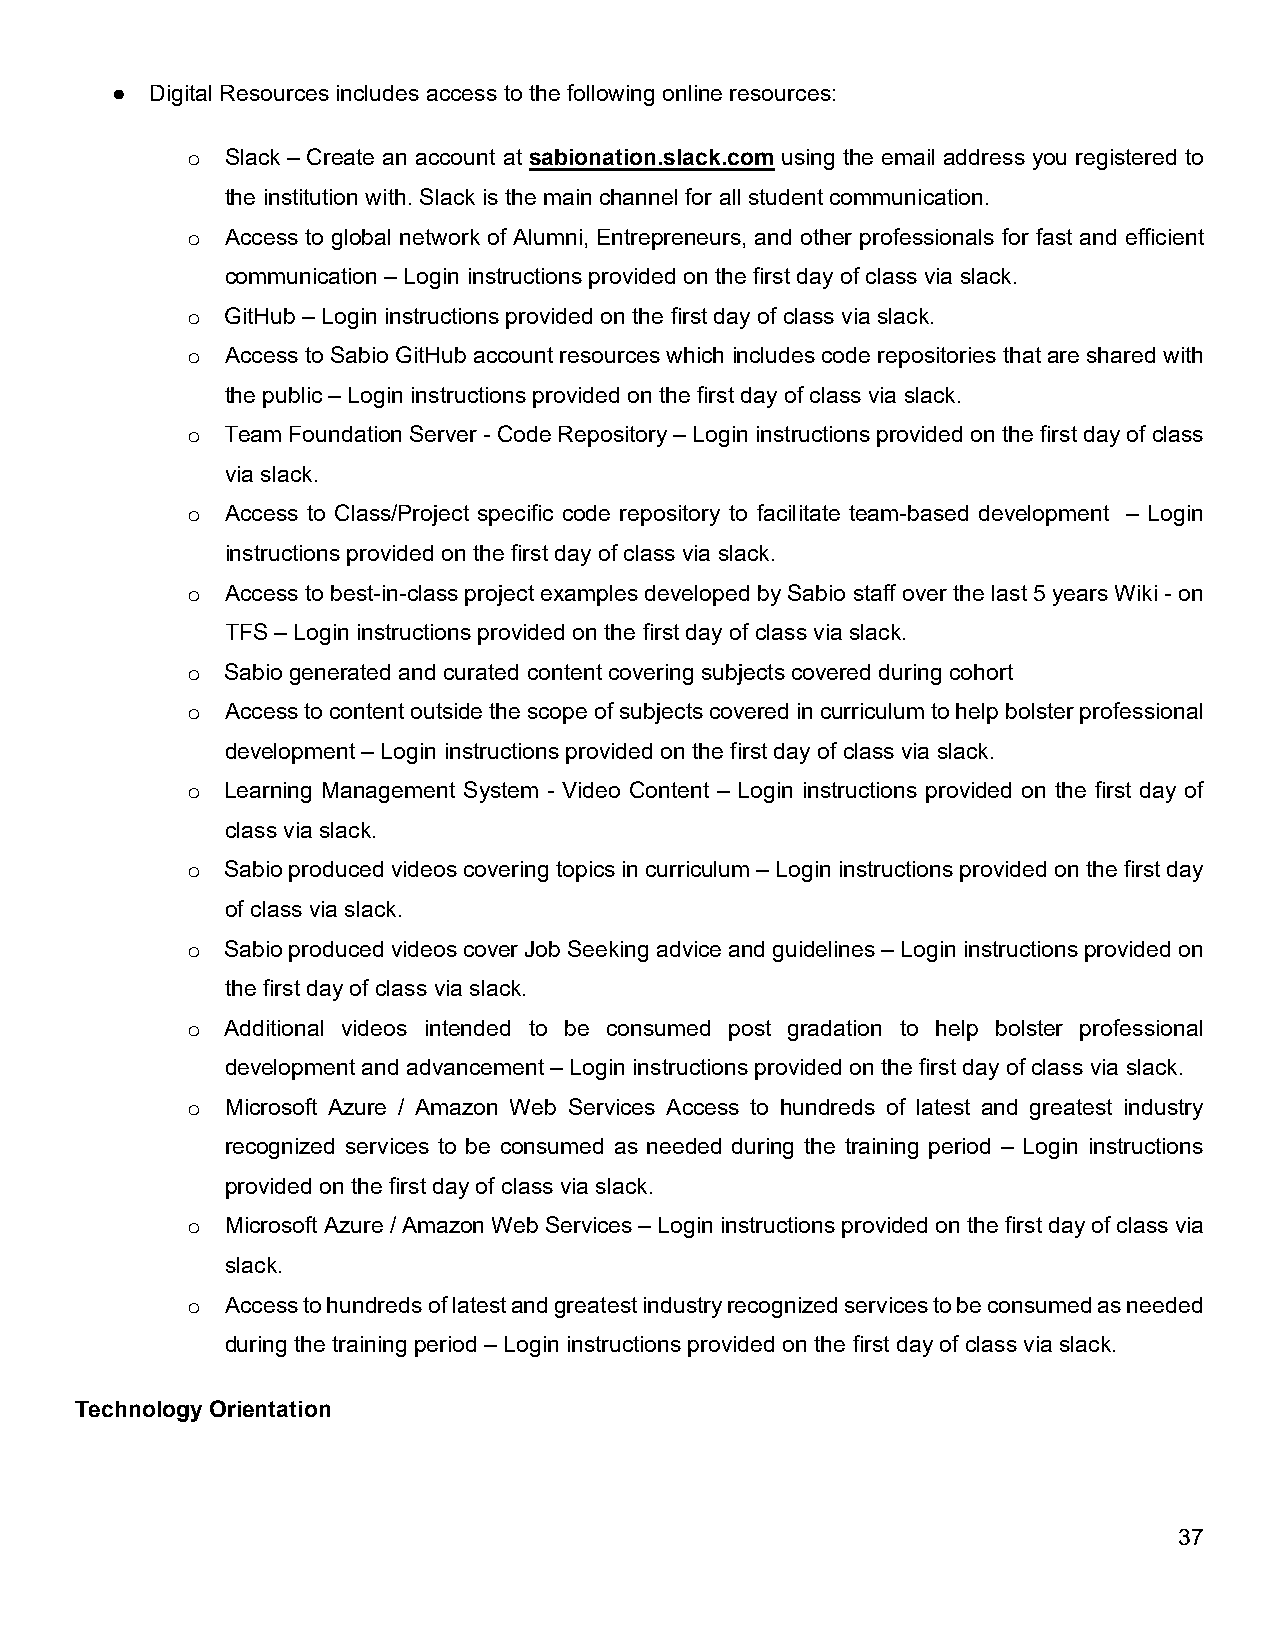
●  Digital Resources includes access to the following online resources:
 o  Slack – Create an account at sabionation.slack.com using the email address you registered to
 the institution with. Slack is the main channel for all student communication.
 o  Access to global network of Alumni, Entrepreneurs, and other professionals for fast and efficient
 communication – Login instructions provided on the first day of class via slack.
 o  GitHub – Login instructions provided on the first day of class via slack.
 o  Access to Sabio GitHub account resources which includes code repositories that are shared with
 the public – Login instructions provided on the first day of class via slack.
 o  Team Foundation Server - Code Repository – Login instructions provided on the first day of class
 via slack.
 o  Access to Class/Project specific code repository to facilitate team-based development – Login
 instructions provided on the first day of class via slack.
 o  Access to best-in-class project examples developed by Sabio staff over the last 5 years Wiki - on
 TFS – Login instructions provided on the first day of class via slack.
 o  Sabio generated and curated content covering subjects covered during cohort
 o  Access to content outside the scope of subjects covered in curriculum to help bolster professional
 development – Login instructions provided on the first day of class via slack.
 o  Learning Management System - Video Content – Login instructions provided on the first day of
 class via slack.
 o  Sabio produced videos covering topics in curriculum – Login instructions provided on the first day
 of class via slack.
 o  Sabio produced videos cover Job Seeking advice and guidelines – Login instructions provided on
 the first day of class via slack.
 o  Additional videos intended to be consumed post gradation to help bolster professional
 development and advancement – Login instructions provided on the first day of class via slack.
 o  Microsoft Azure / Amazon Web Services Access to hundreds of latest and greatest industry
 recognized services to be consumed as needed during the training period – Login instructions
 provided on the first day of class via slack.
 o  Microsoft Azure / Amazon Web Services – Login instructions provided on the first day of class via
 slack.
 o  Access to hundreds of latest and greatest industry recognized services to be consumed as needed
 during the training period – Login instructions provided on the first day of class via slack.
 Technology Orientation
 37